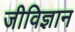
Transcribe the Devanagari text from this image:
जीविज्ञान